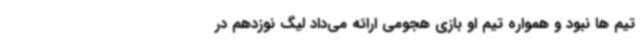
تیم ها نبود و همواره تیم او بازی هجومی ارائه می‌داد لیگ نوزدهم در